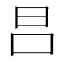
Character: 𣅊